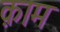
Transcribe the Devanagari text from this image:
क़ाम